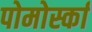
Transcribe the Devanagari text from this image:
पोमोर्स्का